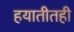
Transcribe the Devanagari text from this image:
हयातीतही